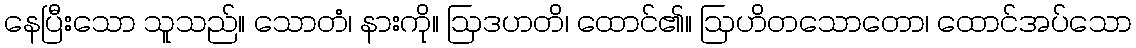
နေပြီးသော သူသည်။ သောတံ၊ နားကို။ ဩဒဟတိ၊ ထောင်၏။ ဩဟိတသောတော၊ ထောင်အပ်သော